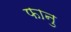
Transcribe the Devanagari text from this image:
फानु